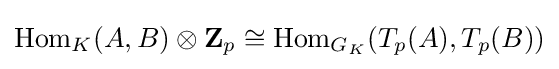
\mathrm {Hom} _{K}(A,B)\otimes \mathbf {Z} _{p}\cong \mathrm {Hom} _{G_{K}}(T_{p}(A),T_{p}(B))